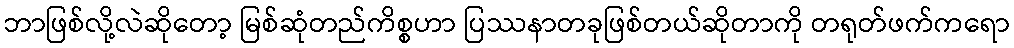
ဘာဖြစ်လို့လဲဆိုတော့ မြစ်ဆုံတည်ကိစ္စဟာ ပြဿနာတခုဖြစ်တယ်ဆိုတာကို တရုတ်ဖက်ကရော